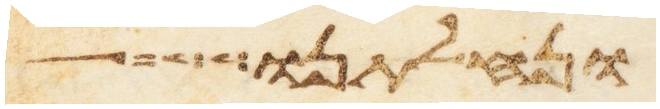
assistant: ונחלתנו